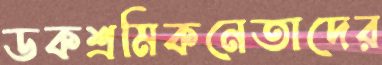
ডকশ্রমিকনেতাদের